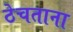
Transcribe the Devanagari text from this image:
ठेचताना